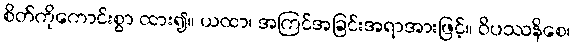
စိတ်ကိုကောင်းစွာ ထား၍။ ယထာ၊ အကြင်အခြင်းအရာအားဖြင့်။ ဝိပဿနိစေ၊